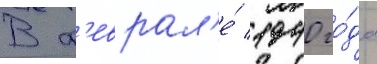
В ф'еврал'е́ 1940 го́да